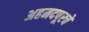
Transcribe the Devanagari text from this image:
अहमदपूरचे